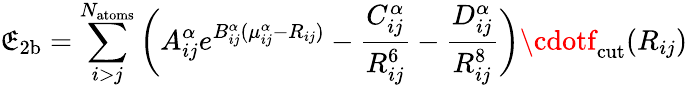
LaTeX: \mathfrak{E}_{\mathrm{{2b}}}=\sum_{i>j}^{N_{\mathrm{{atoms}}}}\bigg(A_{ij}^{\alpha}e^{B_{ij}^{\alpha}(\mu_{ij}^{\alpha}-R_{ij})}-\frac{{C_{ij}^{\alpha}}}{{R_{ij}^{6}}}-\frac{{D_{ij}^{\alpha}}}{{R_{ij}^{8}}}\bigg)\cdotf_{\mathrm{{cut}}}(R_{ij})